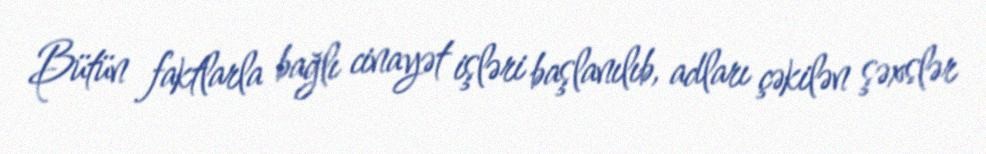
Bütün faktlarla bağlı cinayət işləri başlanılıb, adları çəkilən şəxslər